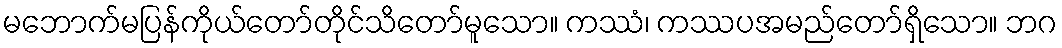
မဘောက်မပြန်ကိုယ်တော်တိုင်သိတော်မူသော။ ကဿံ၊ ကဿပအမည်တော်ရှိသော။ ဘဂ